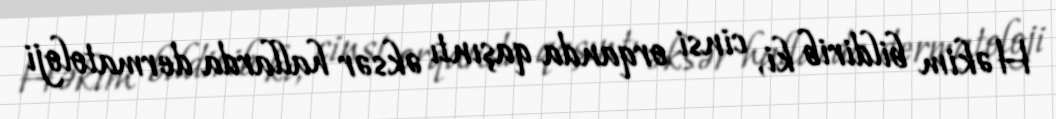
Həkim bildirib ki, cinsi orqanda qaşıntı əksər hallarda dermatoloji